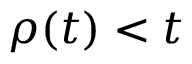
\rho ( t ) < t